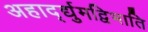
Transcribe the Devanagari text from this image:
अहार्द्द्युमद्विभाति